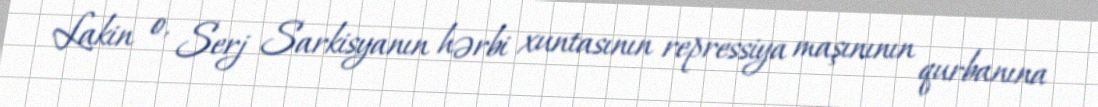
Lakin o, Serj Sarkisyanın hərbi xuntasının repressiya maşınının qurbanına